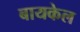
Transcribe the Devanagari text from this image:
बायकेल